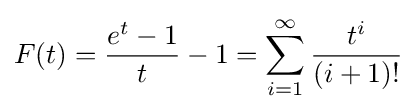
F(t)={\frac {e^{t}-1}{t}}-1=\sum _{i=1}^{\infty }{\frac {t^{i}}{(i+1)!}}